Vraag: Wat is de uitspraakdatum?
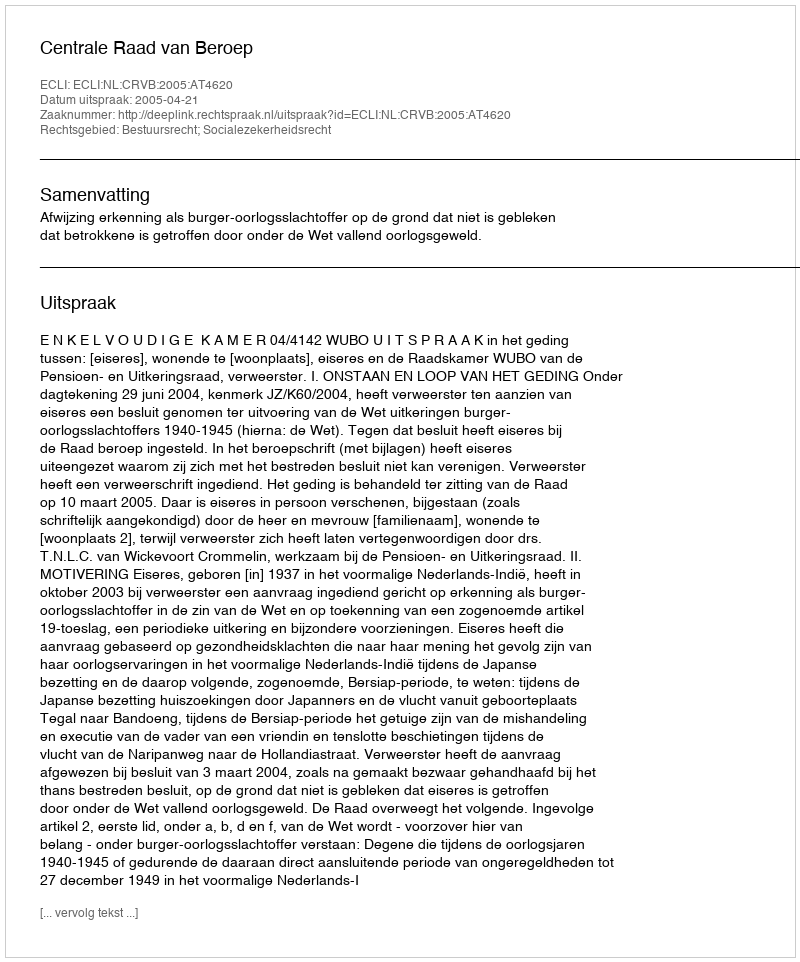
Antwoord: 2005-04-21